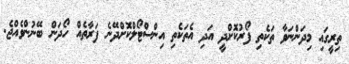
ތިރީގައި މިދަންނަވާ ތަކެތި ފޯރުކޮށްދީ އަދި އެތަކެތި އިންސްޓޯލްކޮށްދޭނެ ފަރާތެއް ހޯދަން ބޭނުންވެއްޖެ.